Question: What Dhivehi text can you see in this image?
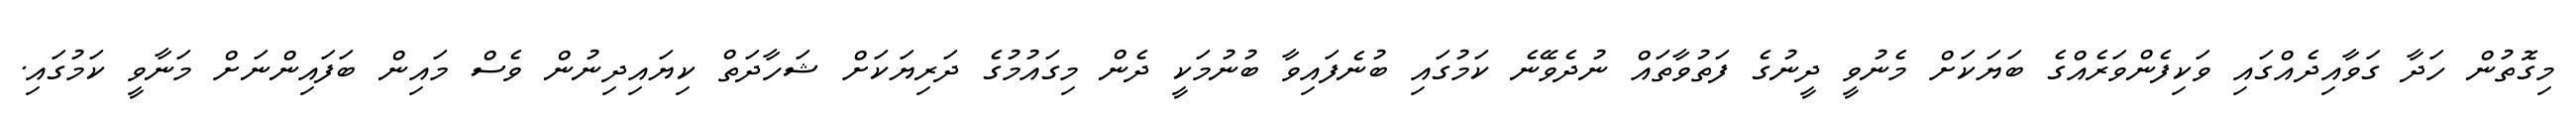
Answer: މިގޮތުން ހަދާ ގަވާއިދެއްގައި ވަކިފެންވަރެއްގެ ބަޔަކަށް މެނުވީ ދީނުގެ ފަތުވާތައް ނުދެވޭނެ ކަމުގައި ބުނެފައިވާ ބުނުމަކީ ދެން މިގައުމުގެ ދަރިޔަކަށް ޝަހާދަތް ކިޔައިދިނުން ވެސް މައިން ބަފައިންނަށް މަނާވީ ކަމުގައި.